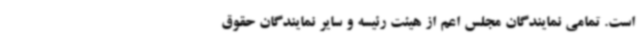
است. تمامی نمایندگان مجلس اعم از هیئت رئیسه و سایر نمایندگان حقوق